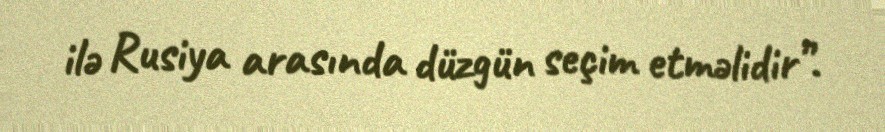
ilə Rusiya arasında düzgün seçim etməlidir”.